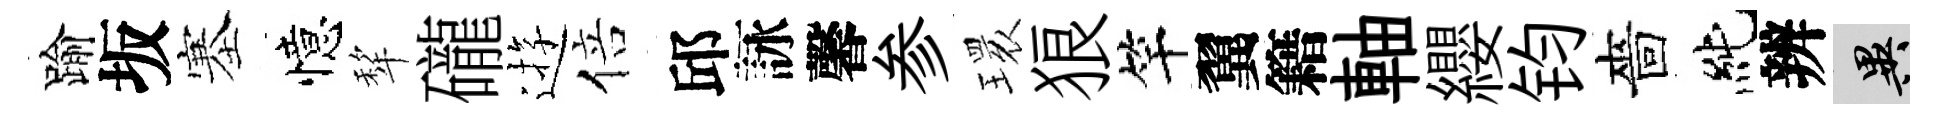
踰坂塞憶犂礲逰倍邱詠馨参𤨔狼竿翼籍軸纓钧嗇純辨异